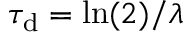
\tau _ { \mathrm { d } } = \ln ( 2 ) / \lambda